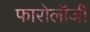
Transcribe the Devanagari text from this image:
फारोलॉजी